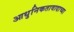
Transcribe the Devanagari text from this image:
आधुनिकतावादाच्या